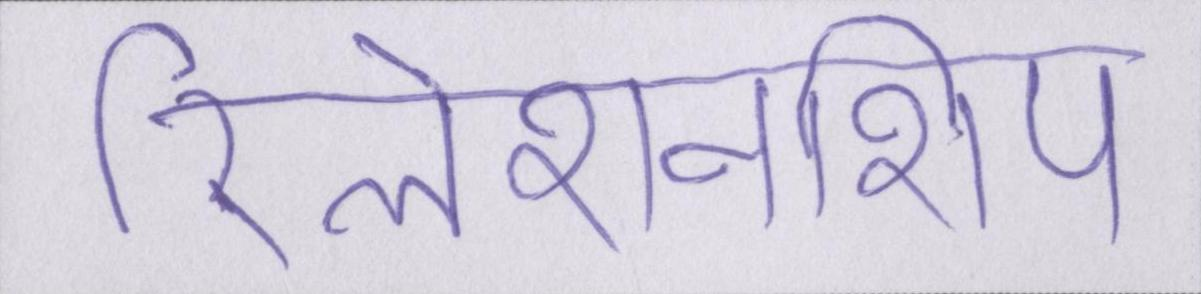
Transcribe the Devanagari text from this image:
रिलेशनशिप